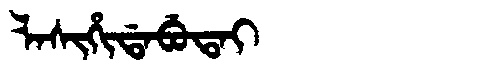
Manchu: ᠯᠠᠰᡳᡥᡳᡩᠠᠪᡠᡨᠠᡳ
Romanization: LASIHIDABUTAI